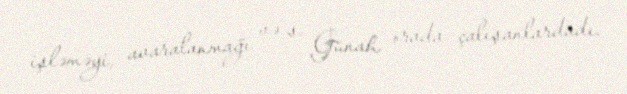
işləməyi, avaralanmağı və s. Günah orada çalışanlardadı.